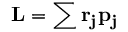
\mathbf { L } = \sum \mathbf { r _ { j } } \mathbf { p } \mathbf { _ { j } }